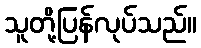
သူတို့ပြန်လုပ်သည်။